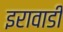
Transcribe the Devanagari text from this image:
इरावाडी